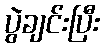
ပွဲချင်းပြီး